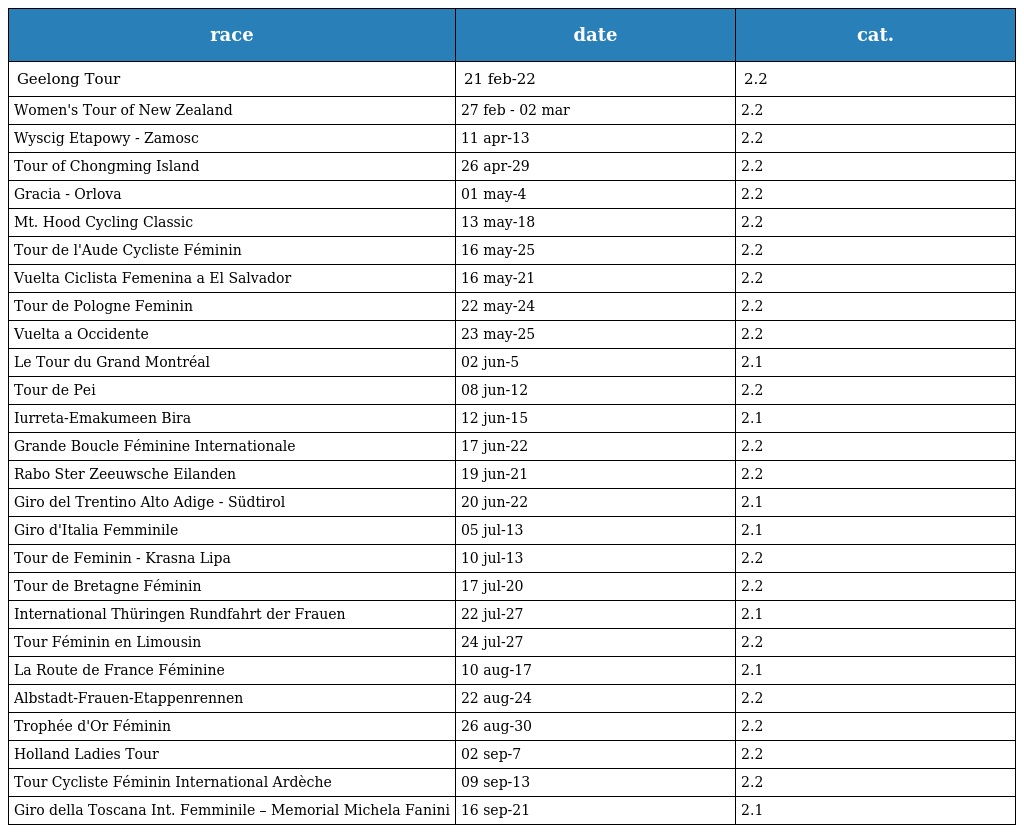
| race | date | cat. |
 | --- | --- | --- |
 | Geelong Tour | 21 feb-22 | 2.2 |
 | Women's Tour of New Zealand | 27 feb - 02 mar | 2.2 |
 | Wyscig Etapowy - Zamosc | 11 apr-13 | 2.2 |
 | Tour of Chongming Island | 26 apr-29 | 2.2 |
 | Gracia - Orlova | 01 may-4 | 2.2 |
 | Mt. Hood Cycling Classic | 13 may-18 | 2.2 |
 | Tour de l'Aude Cycliste Féminin | 16 may-25 | 2.2 |
 | Vuelta Ciclista Femenina a El Salvador | 16 may-21 | 2.2 |
 | Tour de Pologne Feminin | 22 may-24 | 2.2 |
 | Vuelta a Occidente | 23 may-25 | 2.2 |
 | Le Tour du Grand Montréal | 02 jun-5 | 2.1 |
 | Tour de Pei | 08 jun-12 | 2.2 |
 | Iurreta-Emakumeen Bira | 12 jun-15 | 2.1 |
 | Grande Boucle Féminine Internationale | 17 jun-22 | 2.2 |
 | Rabo Ster Zeeuwsche Eilanden | 19 jun-21 | 2.2 |
 | Giro del Trentino Alto Adige - Südtirol | 20 jun-22 | 2.1 |
 | Giro d'Italia Femminile | 05 jul-13 | 2.1 |
 | Tour de Feminin - Krasna Lipa | 10 jul-13 | 2.2 |
 | Tour de Bretagne Féminin | 17 jul-20 | 2.2 |
 | International Thüringen Rundfahrt der Frauen | 22 jul-27 | 2.1 |
 | Tour Féminin en Limousin | 24 jul-27 | 2.2 |
 | La Route de France Féminine | 10 aug-17 | 2.1 |
 | Albstadt-Frauen-Etappenrennen | 22 aug-24 | 2.2 |
 | Trophée d'Or Féminin | 26 aug-30 | 2.2 |
 | Holland Ladies Tour | 02 sep-7 | 2.2 |
 | Tour Cycliste Féminin International Ardèche | 09 sep-13 | 2.2 |
 | Giro della Toscana Int. Femminile – Memorial Michela Fanini | 16 sep-21 | 2.1 |